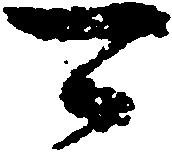
可